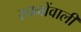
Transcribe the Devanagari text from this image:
स्तनोंवाली